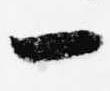
一